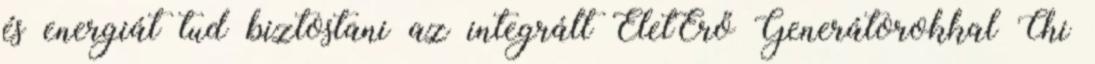
és energiát tud biztostani az integrált ÉletErő Generátorokkal Chi